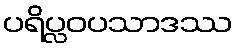
ပရိပ္လဝပသာဒဿ